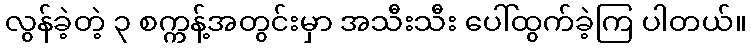
လွန်ခဲ့တဲ့ ၃ စက္ကန့်အတွင်းမှာ အသီးသီး ပေါ်ထွက်ခဲ့ကြ ပါတယ်။